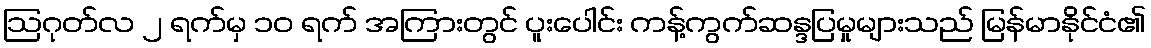
ဩဂုတ်လ ၂ ရက်မှ ၁၀ ရက် အကြားတွင် ပူးပေါင်း ကန့်ကွက်ဆန္ဒပြမှုများသည် မြန်မာနိုင်ငံ၏